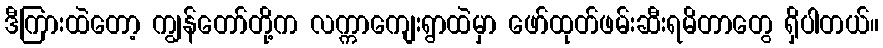
ဒီကြားထဲတော့ ကျွန်တော်တို့က လက္ကာကျေးရွာထဲမှာ ဖော်ထုတ်ဖမ်းဆီးရမိတာတွေ ရှိပါတယ်။